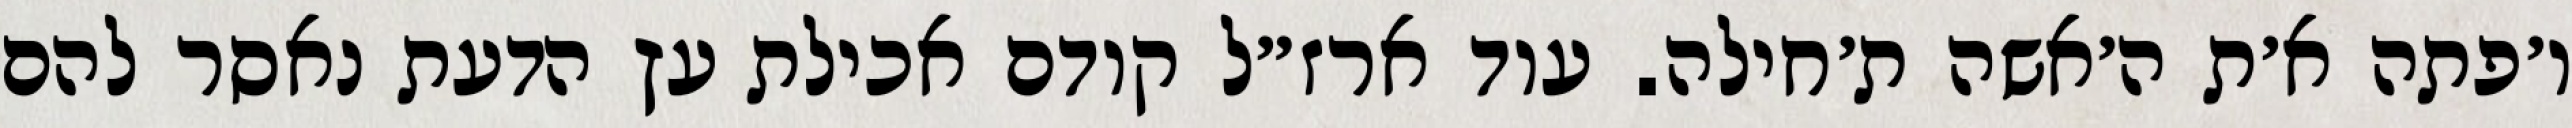
ו׳פתה א׳ת ה׳אשה ת׳חילה. עוד ארז״ל קודם אכילת עץ הדעת נאסר להם